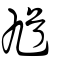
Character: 馗